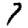
Digit: 7